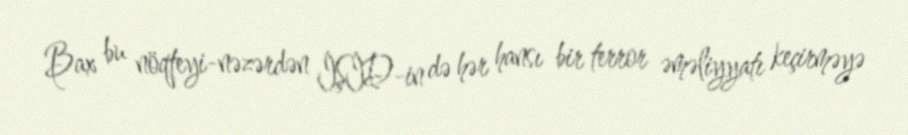
Bax bu nöqteyi-nəzərdən İŞİD-in də hər hansı bir terror əməliyyatı keçirməyə